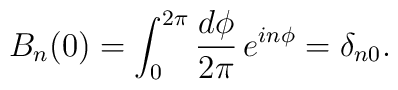
B_n (0) = 	\int_0^{2 \pi} \frac{d \phi}{2 \pi} \, e^{in \phi} = 	\delta_{n0}.